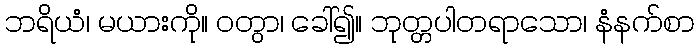
ဘရိယံ၊ မယားကို။ ဝတွာ၊ ခေါ်၍။ ဘုတ္တပါတရာသော၊ နံနက်စာ